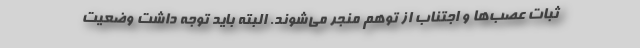
ثبات عصب‌ها و اجتناب از توهم منجر می‌شوند. البته باید توجه داشت وضعیت